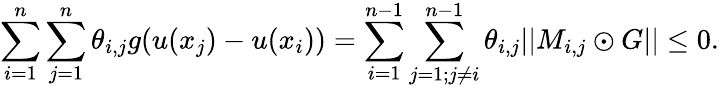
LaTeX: \sum_{i=1}^{n}\sum_{j=1}^{n}\theta_{i,j}g(u(x_{j})-u(x_{i}))=\sum_{i=1}^{n-1}\sum_{j=1;j\neq i}^{n-1}\theta_{i,j}||M_{i,j}\odot G||\leq 0.